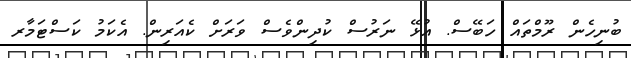
ބުނިހެން ރޫމްތައް ހަބޭސް. އުޅޭ ނަރުސް ކުދިންވެސް ވަރަށް ކެއަރިން. އެކަމު ކަސްޓަމާރ